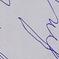
Signature authenticity: forged